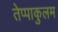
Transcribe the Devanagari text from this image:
तेप्पाकुलम